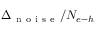
\Delta _ { \mathrm { ~ n ~ o ~ i ~ s ~ e ~ } } / N _ { e { \mathrm { - } } h }